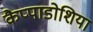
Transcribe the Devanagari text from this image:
कैप्पाडोशिया